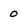
Character: 0